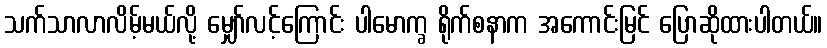
သက်သာလာလိမ့်မယ်လို့ မျှော်လင့်ကြောင်း ပါမောက္ခ ရိုက်စနာက အကောင်းမြင် ပြောဆိုထားပါတယ်။